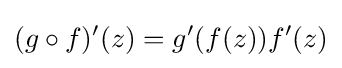
\displaystyle {(g\circ f)^{\prime }(z)=g^{\prime }(f(z))f^{\prime }(z)}